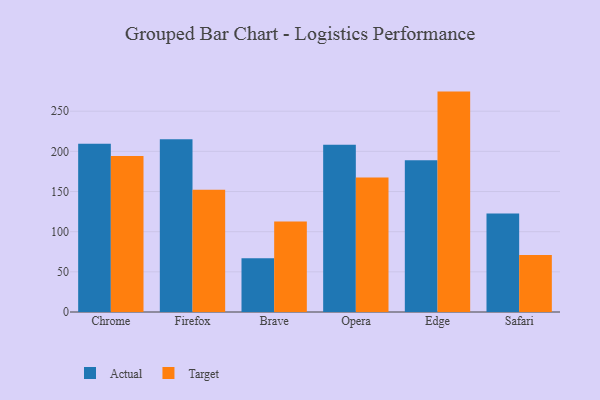
{"axis": {"x": "Browser", "y": "LTV (USD)"}, "legend": ["Actual", "Target"], "data": [{"x": "Chrome", "y": 209.4, "type": "Actual"}, {"x": "Chrome", "y": 194.3, "type": "Target"}, {"x": "Firefox", "y": 215.2, "type": "Actual"}, {"x": "Firefox", "y": 152.2, "type": "Target"}, {"x": "Brave", "y": 66.9, "type": "Actual"}, {"x": "Brave", "y": 112.8, "type": "Target"}, {"x": "Opera", "y": 208.3, "type": "Actual"}, {"x": "Opera", "y": 167.5, "type": "Target"}, {"x": "Edge", "y": 188.8, "type": "Actual"}, {"x": "Edge", "y": 274.4, "type": "Target"}, {"x": "Safari", "y": 122.6, "type": "Actual"}, {"x": "Safari", "y": 70.9, "type": "Target"}]}